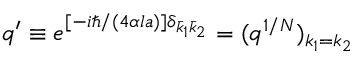
q ^ { \prime } \equiv e ^ { [ - i \hbar / ( 4 \alpha l a ) ] \delta _ { \bar { k } _ { 1 } \bar { k } _ { 2 } } } = ( q ^ { 1 / N } ) _ { k _ { 1 } = k _ { 2 } }